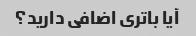
آیا باتری اضافی دارید؟